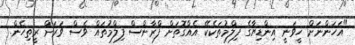
"އަހަންނަށް ހީވަނީ އިންޑިޔާގެ ފިލްމުތަކެކޭ އެއްގޮތަށް ފްރާންސް ފިލްމުތައް ވެސް ވަރަށް ރީތިހެން.